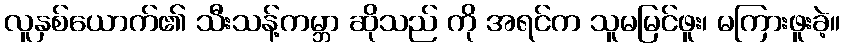
လူနှစ်ယောက်၏ သီးသန့်ကမ္ဘာ ဆိုသည် ကို အရင်က သူမမြင်ဖူး၊ မကြားဖူးခဲ့။